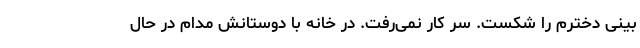
بینی دخترم را شکست. سر کار نمی‌رفت. در خانه با دوستانش مدام در حال